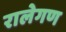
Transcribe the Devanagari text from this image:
रालेगण